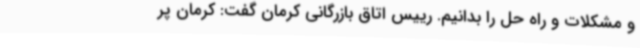
و مشکلات و راه حل را بدانیم. رییس اتاق بازرگانی کرمان گفت: کرمان پر